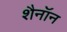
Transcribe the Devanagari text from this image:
शैनॉन